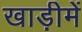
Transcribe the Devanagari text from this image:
खाड़ीमें